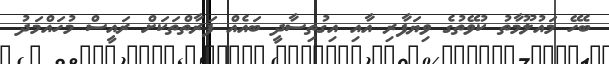
ބެހޭ މައުލޫމާތު ކުވޭތުގެ ވިޔަފާރި އާއި އިގުތިސާދީ ބައެއް ފަރާތްތަކަށް ރައީސް މުހައްމަދު